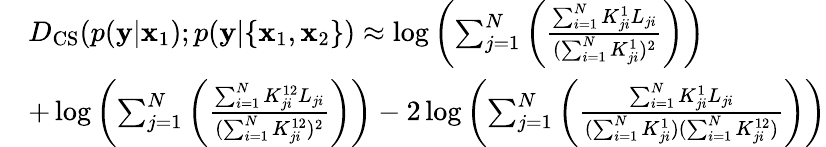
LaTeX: \begin{array}{rl}&{D_{\mathrm{CS}}(p(\mathbf{y}|\mathbf{x}_{1});p(\mathbf{y}|\{ \mathbf{x}_{1},\mathbf{x}_{2}\} )\approx\log\left(\sum_{j=1}^{N}\left(\frac{\sum_{i=1}^{N}K_{ji}^{1}L_{ji}}{(\sum_{i=1}^{N}K_{ji}^{1})^{2}}\right)\right)}\\ &{+\log\left(\sum_{j=1}^{N}\left(\frac{\sum_{i=1}^{N}K_{ji}^{12}L_{ji}}{(\sum_{i=1}^{N}K_{ji}^{12})^{2}}\right)\right)-2\log\left(\sum_{j=1}^{N}\left(\frac{\sum_{i=1}^{N}K_{ji}^{1}L_{ji}}{(\sum_{i=1}^{N}K_{ji}^{1})(\sum_{i=1}^{N}K_{ji}^{12})}\right)\right)}\end{array}